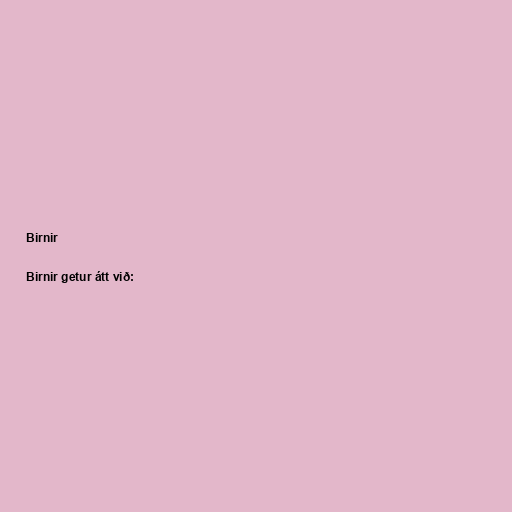
Birnir

Birnir getur átt við: